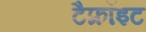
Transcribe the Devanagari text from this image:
टैफ्रॉइट